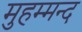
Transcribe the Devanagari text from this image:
मुहम्मन्द